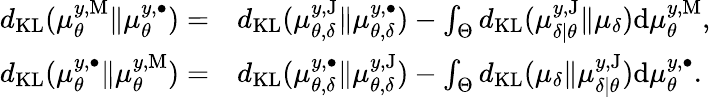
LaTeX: \begin{array}{rl}{d_{\textup{KL}}(\mu_{\theta}^{y,\textup{M}}\Vert\mu_{\theta}^{y,\bullet})=}&{d_{\textup{KL}}(\mu_{\theta,\delta}^{y,\textup{J}}\Vert\mu_{\theta,\delta}^{y,\bullet})-\int_{\Theta}d_{\textup{KL}}(\mu_{\delta|\theta}^{y,\textup{J}}\Vert\mu_{\delta})\mathrm{d}\mu_{\theta}^{y,\textup{M}},}\\ {d_{\textup{KL}}(\mu_{\theta}^{y,\bullet}\Vert\mu_{\theta}^{y,\textup{M}})=}&{d_{\textup{KL}}(\mu_{\theta,\delta}^{y,\bullet}\Vert\mu_{\theta,\delta}^{y,\textup{J}})-\int_{\Theta}d_{\textup{KL}}(\mu_{\delta}\Vert\mu_{\delta|\theta}^{y,\textup{J}})\mathrm{d}\mu_{\theta}^{y,\bullet}.}\end{array}